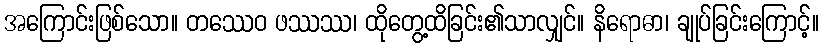
အကြောင်းဖြစ်သော။ တဿေဝ ဖဿဿ၊ ထိုတွေ့ထိခြင်း၏သာလျှင်။ နိရောဓာ၊ ချုပ်ခြင်းကြောင့်။